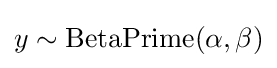
y\sim {\text{BetaPrime}}(\alpha ,\beta )